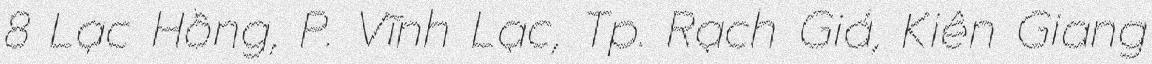
8 Lạc Hồng, P. Vĩnh Lạc, Tp. Rạch Giá, Kiên Giang